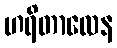
ဟရိတာလေန